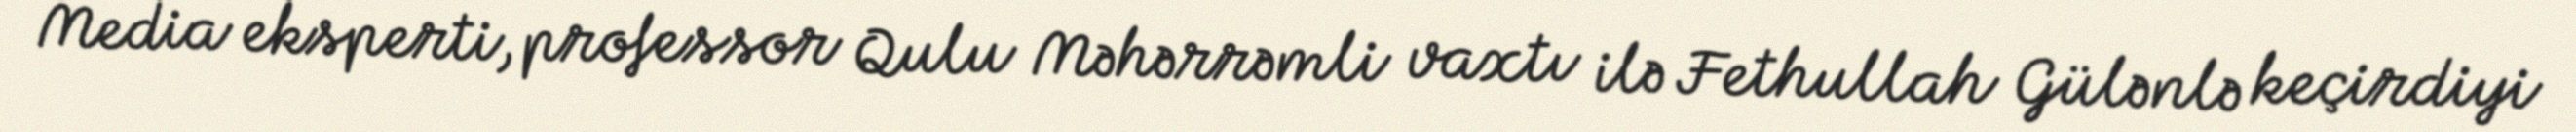
Media eksperti, professor Qulu Məhərrəmli vaxtı ilə Fethullah Gülənlə keçirdiyi